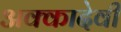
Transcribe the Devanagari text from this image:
अक्कादेवी